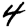
Digit: 4